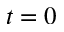
t = 0